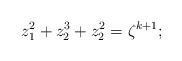
LaTeX: \begin{align*}z_{1}^{2}+z_{2}^{3}+z_{2}^{2}=\zeta ^{k+1}; \end{align*}